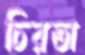
চিরতা